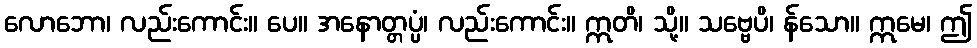
လောဘော၊ လည်းကောင်း။ ပေ။ အနောတ္တပ္ပံ၊ လည်းကောင်း။ ဣတိ၊ သို့။ သဗ္ဗေပိ၊ န်သော။ ဣမေ၊ ဤ